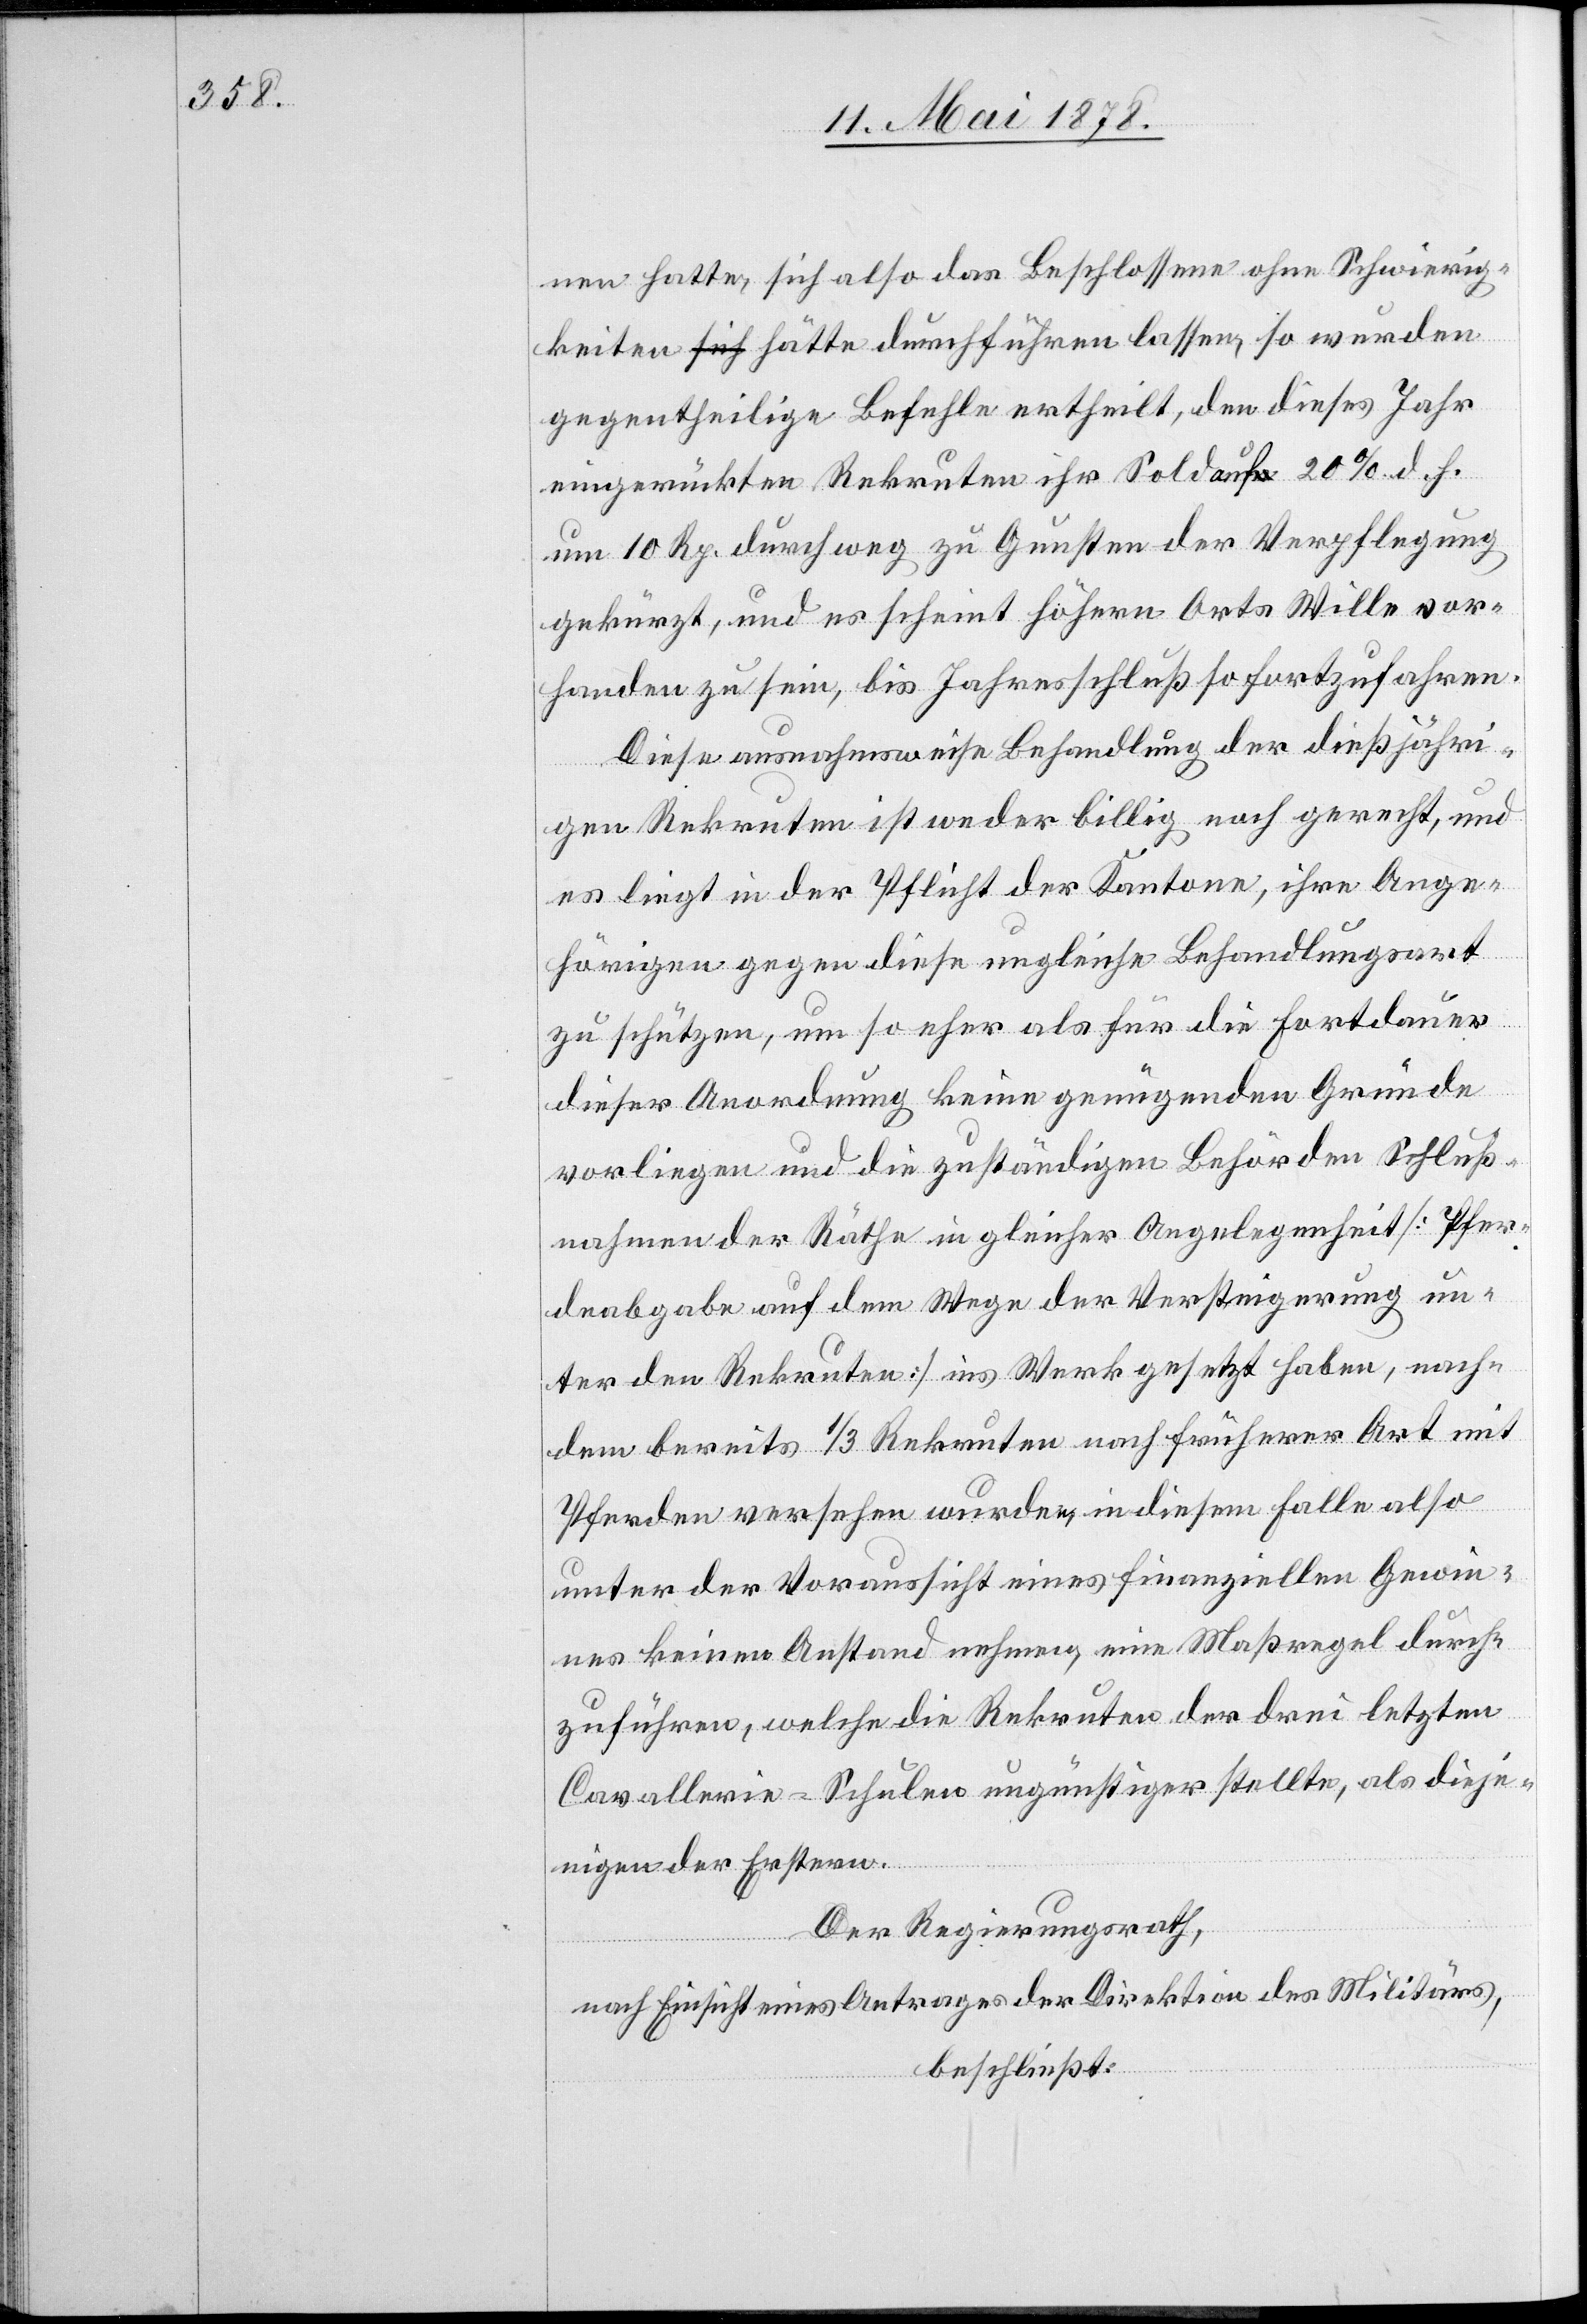
nen hatte, sich also das Beschlossene ohne Schwierig¬
keiten hätte durchführen lassen, so wurden
gegentheilige Befehle ertheilt, den dieses Jahr
eingerückten Rekruten ihr Sold auf 20% d. h.
um 10 Rp. durchweg zu Gunsten der Verpflegung
gekürzt, und es scheint höhern Orts Wille vor¬
handen zu sein, bis Jahresschluß so fortzufahren.
Diese ausnahmsweise Besoldung der dießjähri¬
gen Rekruten ist weder billig noch gerecht, und
es liegt in der Pflicht der Kantone, ihre Ange¬
hörigen gegen diese ungleiche Behandlungsart
zu schützen, um so eher als für die Fortdauer
dieser Anordnung keine genügenden Gründe
vorliegen und die zuständigen Behörden Schluß¬
nahmen der Räthe in gleicher Angelegenheit [Pfer¬
deabgabe auf dem Wege der Versteigerung un¬
ter den Rekruten] ins Werk gesetzt haben, nach¬
dem bereits 1/3 Rekruten nach früherer Art mit
Pferden versehen wurden, in diesem Falle also
unter der Voraussicht eines finanziellen Gewin¬
nes keinen Anstand nehmen, eine Maßregel durch¬
zuführen, welche die Rekruten der drei letzten
Cavallerie-Schulen ungünstiger stellte, als dieje¬
nigen der Erstern.
Der Regierungsrath,
nach Einsicht eines Antrages der Direktion des Militärs,
beschließt: